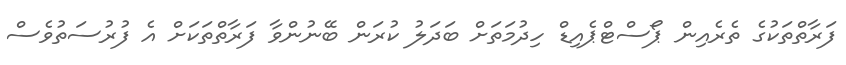
ފަރާތްތަކުގެ ތެރެއިން ޕޯސްޓްޕެއިޑް ހިދުމަތަށް ބަދަލު ކުރަން ބޭނުންވާ ފަރާތްތަކަށް އެ ފުރުސަތުވެސް